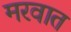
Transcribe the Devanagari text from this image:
मरवात